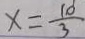
x = \frac { 1 0 } { 3 }